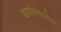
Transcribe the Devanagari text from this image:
डायोस्पाइरोस